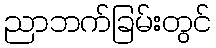
ညာဘက်ခြမ်းတွင်